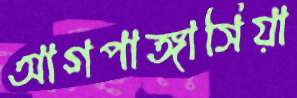
আগপাঙ্গাসিয়া